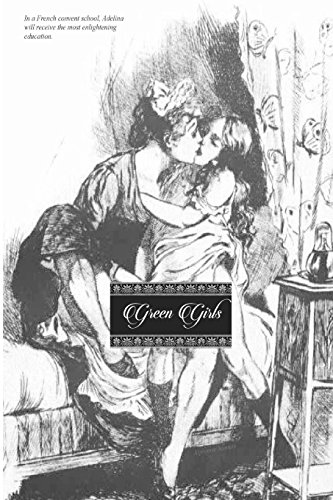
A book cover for Green Girls: (revised edition); Alphonse Momas; Romance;